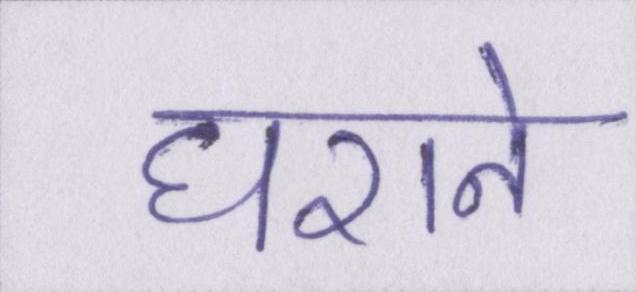
घराने